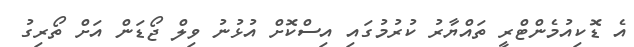
އެ ޑޮކިއުމެންޓްރީ ތައްޔާރު ކުރުމުގައި އިސްކޮށް އުޅުނު ވިލް ޖޯޑަން އަށް ތޯރިގު